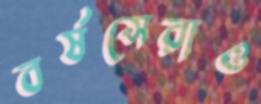
বর্ষসেরাও